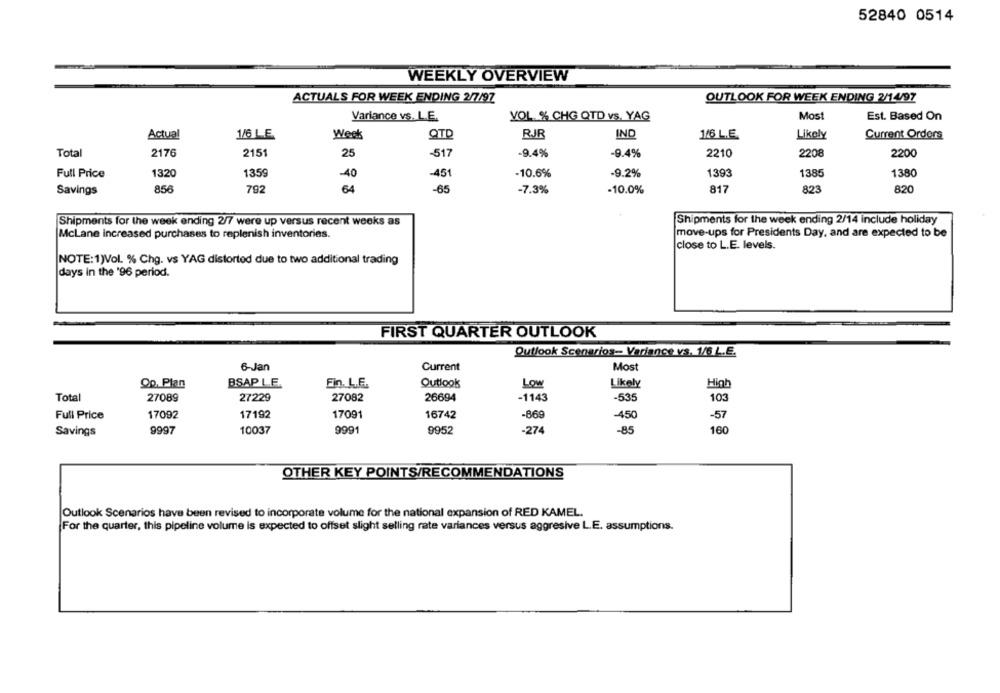
52840 0514
WEEKLY OVERVIEW
ACTUALS FOR WEEK ENDING 2/7/97
OUTLOOK FOR WEEK ENDING 2/14/97
Variance vs. L.E.
YOL. % CHG QTD vs. YAG
Most
Est. Based On
Actual
1/6 LE
Week
QTD
RJJR
IND
1/6 L.E.
Likely
Current Ordors
Total
2176
2151
25
-517
-9.4%
-9.4%
2210
2208
2200
1359
-10.6%
-9.2%
1393
1385
1380
Full Price
1320
-40
-451
Savings
856
792
64
-65
-7.3%
-10.0%
817
823
820
Shipments for the week ending 2/7 were up versus recent weeks as
Shipments for the week ending 2/14 include holiday
McLane increased purchases to replenish inventories.
move-ups for Presidents Day, and are expected to be
close to L.E. levels.
NOTE:1)Vol. % Chg. vs YAG distorted due to two additional trading
days in the '96 period.
FIRST QUARTER OUTLOOK
Outlook Scenarios- Variance vs. 1/6 L.E.
6-Jan
Current
Most
Op. Plan
BSAP LE.
Fin. L.F.
Outlook
Low
Likely
High
Total
27089
27229
27082
26694
-1143
-535
103
17092
17192
17091
16742
-869
-450
Full Price
-57
9997
10037
9991
9952
-274
100
Savings
OTHER KEY POINTS/RECOMMENDATIONS
Outlook Scenarios have been revised to incorporate volume for the national expansion of RED KAMEL.
For the quarter, this pipeline volume is expected to offset slight selling rate variances versus aggresive L.E. assumptions.